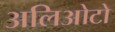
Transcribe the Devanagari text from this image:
अलिओटो